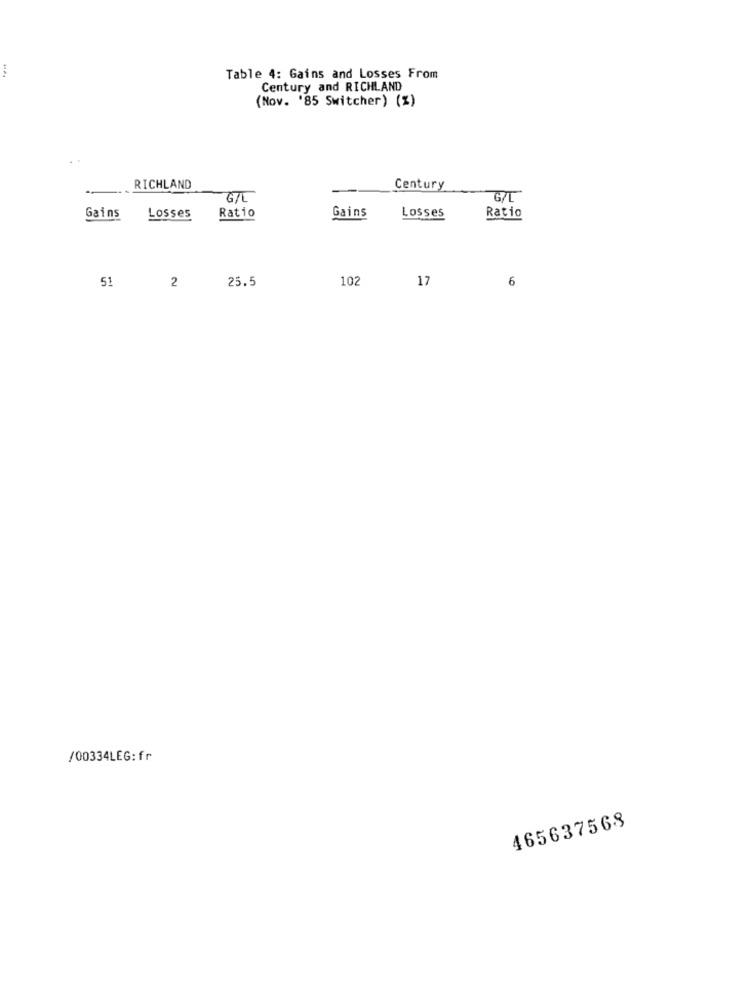
Table 4: Gains and Losses From
Century and RICHLAND
(Nov. '85 Switcher) (%)
RICHLAND
Century
GIL
G/L
Ratio
Gains
Losses
Ratio
Gains
Losses
102
17
6
51
2
25.5
/00334LEG:fr
465637568